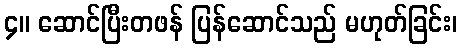
၄။ ဆောင်ပြီးတဖန် ပြန်ဆောင်သည် မဟုတ်ခြင်း၊